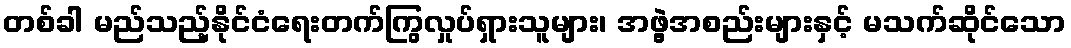
တစ်ခါ မည်သည့်နိုင်ငံရေးတက်ကြွလှုပ်ရှားသူများ၊ အဖွဲ့အစည်းများနှင့် မသက်ဆိုင်သော